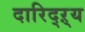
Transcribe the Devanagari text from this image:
दारिद्‌ऱ्य